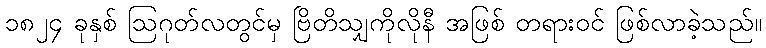
၁၈၂၄ ခုနှစ် ဩဂုတ်လတွင်မှ ဗြိတိသျှကိုလိုနီ အဖြစ် တရားဝင် ဖြစ်လာခဲ့သည်။